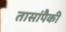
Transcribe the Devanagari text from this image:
तासांपैकी